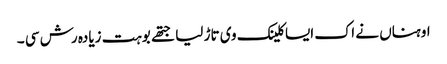
اوہناں نے اک ایسا کلینک وی تاڑ لیا جتھے بوہت زیادہ رش سی ۔